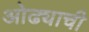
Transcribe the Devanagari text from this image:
ओढ्याची